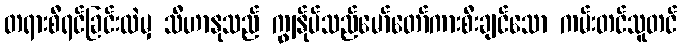
တရားစီရင်ခြင်းထဲမှ သီဟာနုသည် ကျွန်ုပ်သည်မော်တော်ကားစီးချင်သော ကမ်းတင်သူတင်